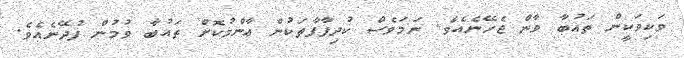
ވަކިވަކީން ތައުބާ ވާން ޖެހޭނެއެވެ. ނަމަވެސް ކުދިފާފާތަކުން ޢާންމުކޮށް ތައުބާ ވުމުން ފުދޭނެއެވެ.